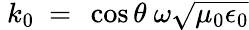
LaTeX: ~k_{0}~=~\cos\theta~\omega{\sqrt{\mu_{0}\epsilon_{0}}}